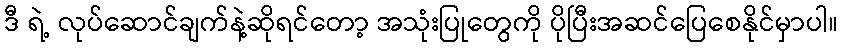
ဒီ ရဲ့ လုပ်ဆောင်ချက်နဲ့ဆိုရင်တော့ အသုံးပြုတွေကို ပိုပြီးအဆင်ပြေစေနိုင်မှာပါ။